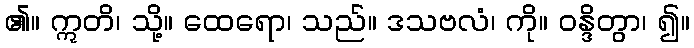
၏။ ဣတိ၊ သို့။ ထေရော၊ သည်။ ဒသဗလံ၊ ကို။ ဝန္ဒိတွာ၊ ၍။